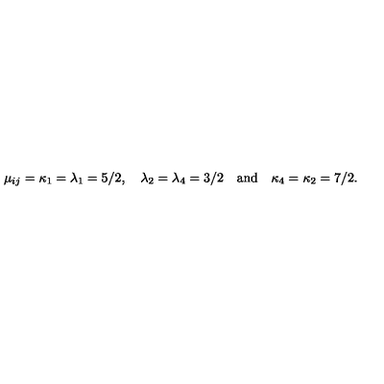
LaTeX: \mu _ { i j } = \kappa _ { 1 } = \lambda _ { 1 } = 5 / 2 , \quad \lambda _ { 2 } = \lambda _ { 4 } = 3 / 2 \quad \mathrm { a n d \quad } \kappa _ { 4 } = \kappa _ { 2 } = 7 / 2 .